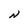
Character: N